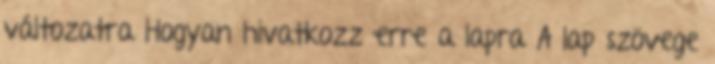
változatra Hogyan hivatkozz erre a lapra A lap szövege